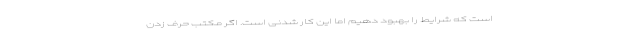
است که شرایط را بهبود دهیم اما این کار شدنی است. اگر مکتب حرف زدن